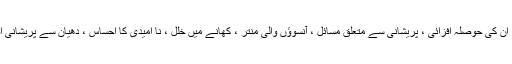
تاہم ، جن لوگوں کو پیچیدہ غم = افسردگی کا سامنا کرنا پڑتا ہے ، ان کی حوصلہ افزائی ، پریشانی سے متعلق مسائل ، آنسوؤں والی منتر ، کھانے میں خلل ، نا امیدی کا احساس ، دھیان سے پریشانی اور جب شدید ، یہاں تک کہ خود کشی کے خیالات بھی ہوتے ہیں۔